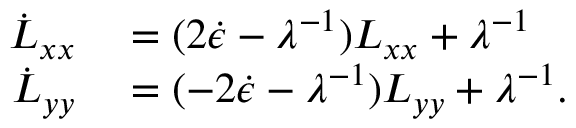
\begin{array} { r l } { \dot { L } _ { x x } } & { { } = ( 2 \dot { \epsilon } - \lambda ^ { - 1 } ) L _ { x x } + \lambda ^ { - 1 } } \\ { \dot { L } _ { y y } } & { { } = ( - 2 \dot { \epsilon } - \lambda ^ { - 1 } ) L _ { y y } + \lambda ^ { - 1 } . } \end{array}